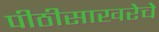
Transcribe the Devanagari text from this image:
पीठीसाखरेचे